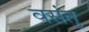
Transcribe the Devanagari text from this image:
वसंतु